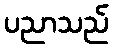
ပညာသည်